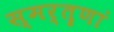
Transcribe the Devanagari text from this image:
स्मर्तॄणां